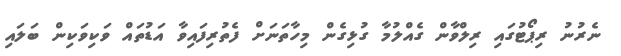
ނެރުނު ރިޕޯޓުގައި ރިލްވާން ގެއްލުމާ ގުޅިގެން މިހާތަނަށް ފެތުރިފައިވާ އަޑުތައް ވަކިވަކިން ބަލައި